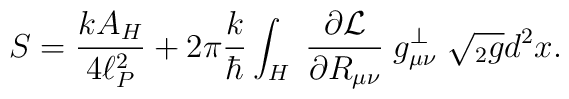
S = {k A_H\over4\ell_P^2}  + 2\pi {k\over\hbar} \int_H \;    {\partial {\cal L} \over \partial R_{\mu\nu}} \; g^\perp_{\mu\nu} \;    \sqrt{ {}_2 g} d^2x.